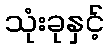
သုံးခုနှင့်